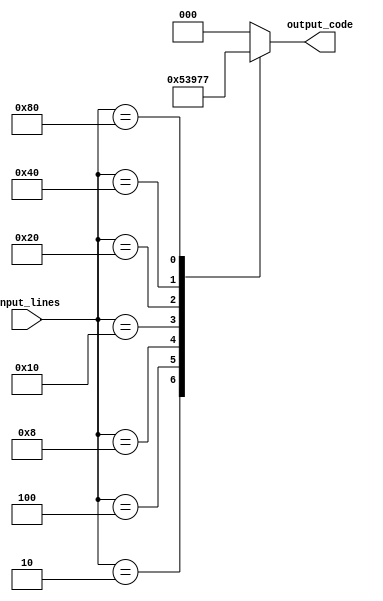
module priority_encoder(
    input [7:0] input_lines,
    output reg [2:0] output_code
);

always @* begin
    case(input_lines)
        8'b00000001 : output_code = 3'b000; //input line 0 has highest priority
        8'b00000010 : output_code = 3'b001; //input line 1 has highest priority
        8'b00000100 : output_code = 3'b010; //input line 2 has highest priority
        8'b00001000 : output_code = 3'b011; //input line 3 has highest priority
        8'b00010000 : output_code = 3'b100; //input line 4 has highest priority
        8'b00100000 : output_code = 3'b101; //input line 5 has highest priority
        8'b01000000 : output_code = 3'b110; //input line 6 has highest priority
        8'b10000000 : output_code = 3'b111; //input line 7 has highest priority
        default: output_code = 3'b000; //default output if no input lines are active
    endcase
end

endmodule